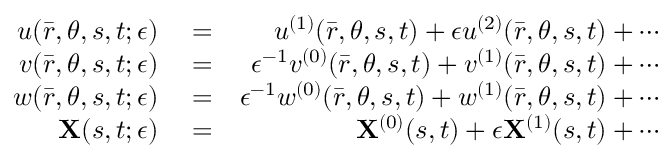
\begin{array} { r l r } { u ( \bar { r } , \theta , s , t ; \epsilon ) } & { { } = } & { u ^ { ( 1 ) } ( \bar { r } , \theta , s , t ) + \epsilon u ^ { ( 2 ) } ( \bar { r } , \theta , s , t ) + \cdots } \\ { v ( \bar { r } , \theta , s , t ; \epsilon ) } & { { } = } & { \epsilon ^ { - 1 } v ^ { ( 0 ) } ( \bar { r } , \theta , s , t ) + v ^ { ( 1 ) } ( \bar { r } , \theta , s , t ) + \cdots } \\ { w ( \bar { r } , \theta , s , t ; \epsilon ) } & { { } = } & { \epsilon ^ { - 1 } w ^ { ( 0 ) } ( \bar { r } , \theta , s , t ) + w ^ { ( 1 ) } ( \bar { r } , \theta , s , t ) + \cdots } \\ { \mathbf { X } ( s , t ; \epsilon ) } & { { } = } & { \mathbf { X } ^ { ( 0 ) } ( s , t ) + \epsilon \mathbf { X } ^ { ( 1 ) } ( s , t ) + \cdots } \end{array}